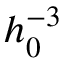
h _ { 0 } ^ { - 3 }